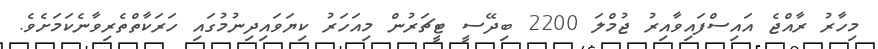
މިހާރު ރާއްޖެ އައިސްފައިވާއިރު ޖުމްލަ 2200 ބިދޭސީ ޓީޗަރުން މިއަހަރު ކިޔަވައިދިނުމުގައި ހަރަކާތްތެރިވާނެކަމަށެވެ.